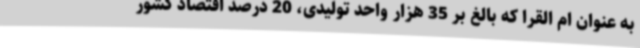
به عنوان ام القرا که بالغ بر 35 هزار واحد تولیدی، 20 درصد اقتصاد کشور